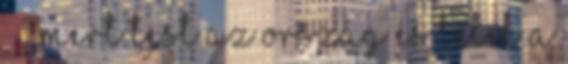
– „ mert test az ország és lélek a